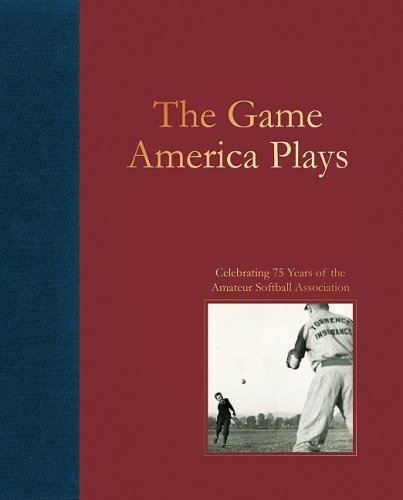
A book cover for The Game America Plays: Celebrating 75 Years of the Amateur Softball Association; Bill Plummer; Sports & Outdoors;